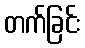
တက်ခြင်း